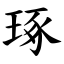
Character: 琢